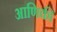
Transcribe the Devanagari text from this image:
आणिकी